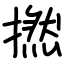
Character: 撚